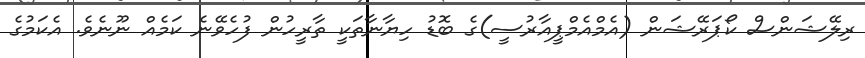
ރިލޭޝަންސް ކޯޕަރޭޝަން (އެމްއެމްޕީއާރުސީ)ގެ ބޮޑު ހިޔާނާތަކީ ތާރީހުން ފުހެވޭނެ ކަމެއް ނޫނެވެ. އެކަމުގެ